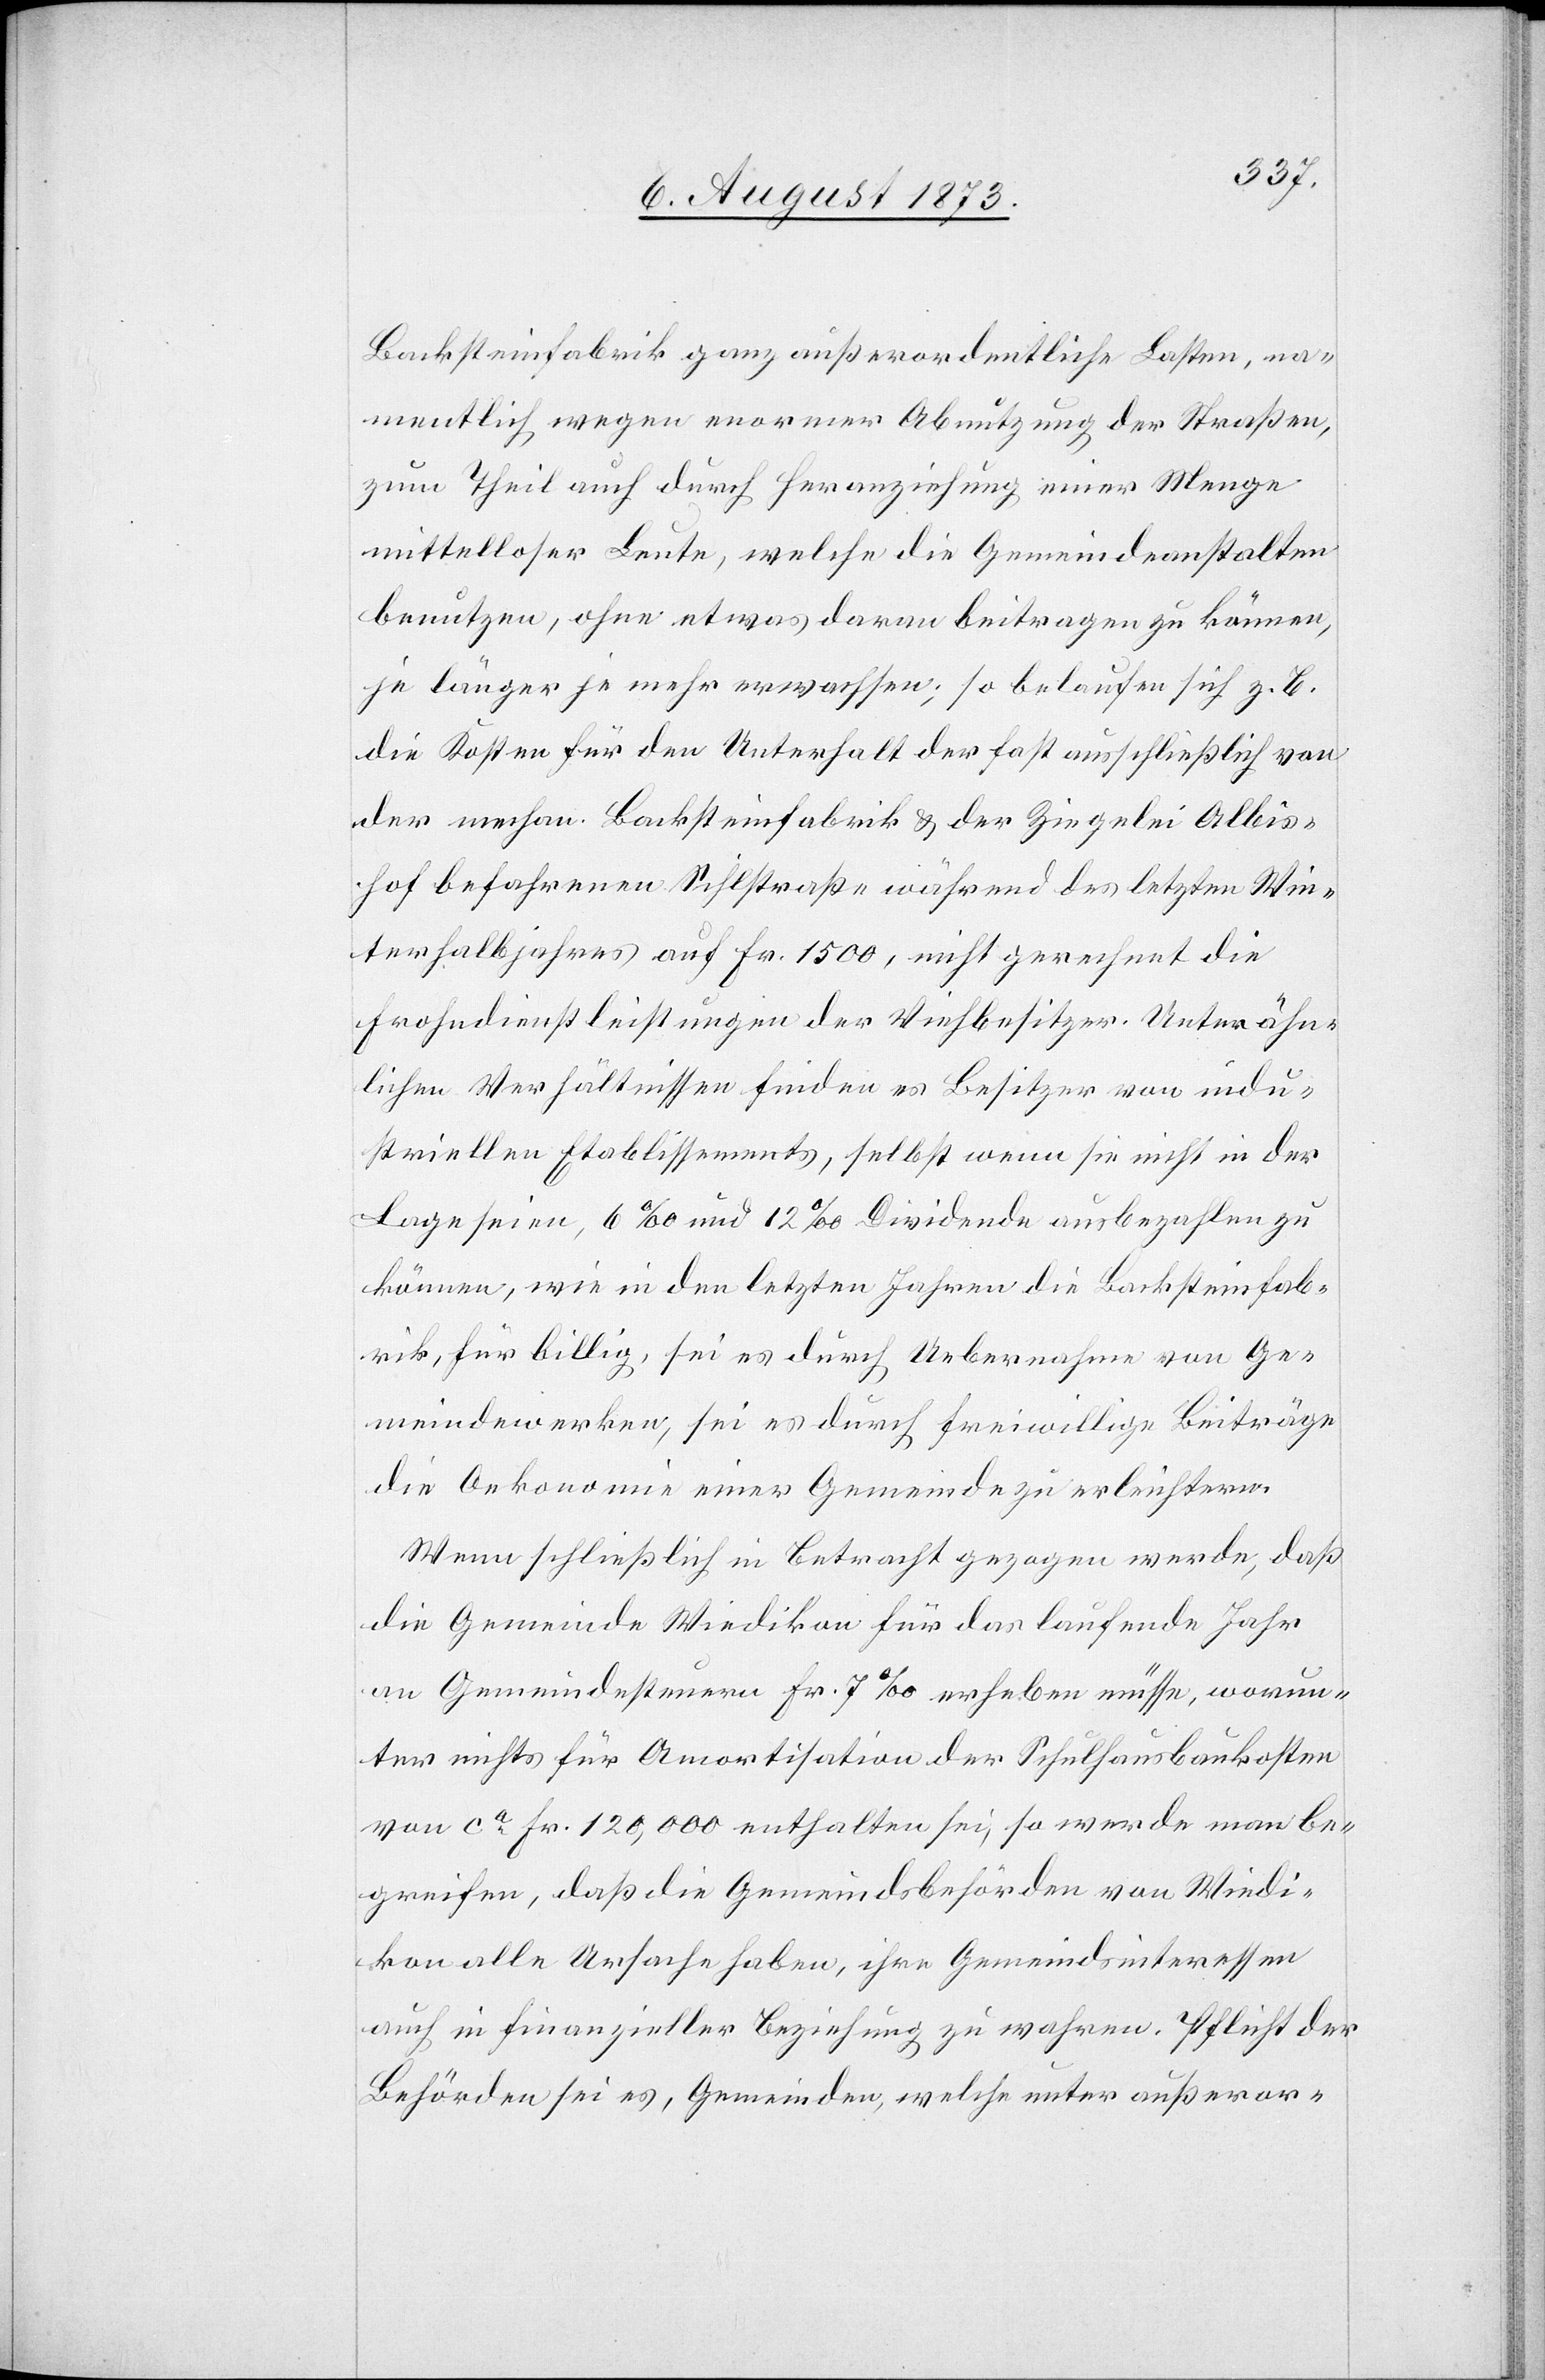
Backsteinfabrik ganz außerordentliche Lasten, na¬
mentlich wegen enormer Abnutzung der Straßen,
zum Theil auch durch Heranziehung einer Menge
mittelloser Leute, welche die Gemeindeanstalten
benutzen, ohne etwas daran beitragen zu können,
je länger je mehr erwachsen; so belaufen sich z. B.
die Kosten für den Unterhalt der fast ausschließlich von
der mechan. Backsteinfabrik & der Ziegelei Albis¬
hof befahrenen Sihlstraße während des letzten Win¬
terhalbjahres auf Fr. 1 500, nicht gerechnet die
Frohndienstleistungen der Viehbesitzer. Unter ähn¬
lichen Verhältnissen finden es Besitzer von indu¬
striellen Etablissements, selbst wenn sie nicht in der
Lage seien, 6‰ und 12‰ Dividende ausbezahlen zu
können, wie in den letzten Jahren die Backsteinfab¬
rik, für billig, sei es durch Uebernahme von Ge¬
meindewerken, sei es durch freiwillige Beiträge
die Oekonomie einer Gemeinde zu erleichtern.
Wenn schließlich in Betracht gezogen werde, daß
die Gemeinde Wiedikon für das laufende Jahr
an Gemeindesteuern Fr. 7‰ erheben müsse, worun¬
ter nichts für Amortisation der Schulhausbaukosten
von ca Fr. 120,000 enthalten sei, so werde man be¬
greifen, daß die Gemeindsbehörden von Wiedi¬
kon alle Ursache haben, ihre Gemeindsinteressen
auch in finanzieller Beziehung zu wahren. Pflicht der
Behörden sei es, Gemeinden, welche unter außeror-